Report of the Indian Hemp Drugs Commission, 1894-1895 - Volume VIII
Year: 1894
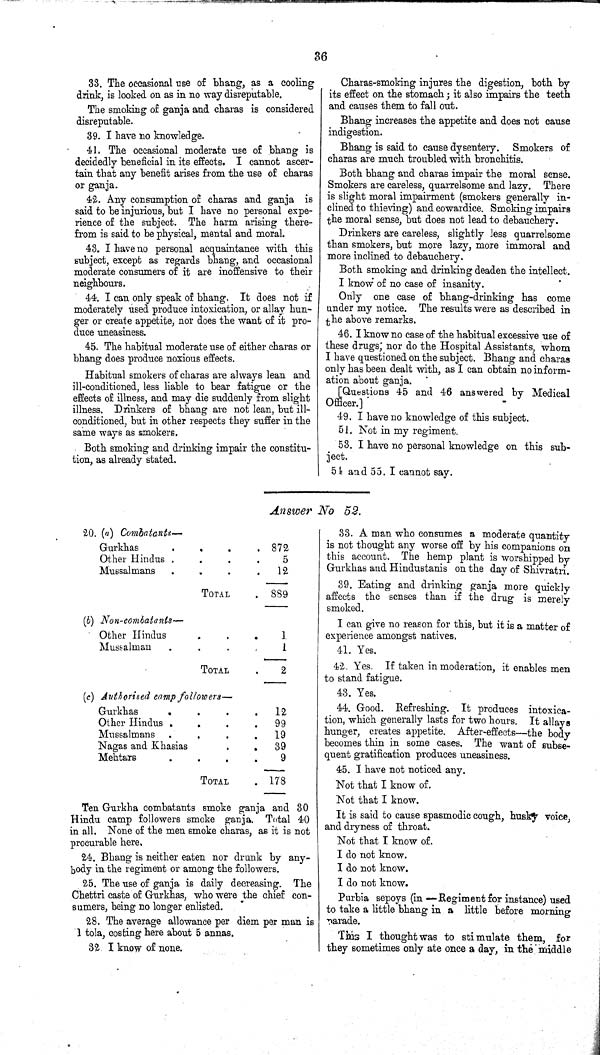
36
33. The occasional use of bhang, as a cooling
drink, is looked on as in no way disreputable.
The smoking of ganja and charas is considered
disreputable.
39. I have no knowledge.
41. The occasional moderate use of bhang is
decidedly beneficial in its effects. I cannot ascer-
tain that any benefit arises from the use of charas
or ganja.
42. Any consumption of charas and ganja is
said to be injurious, but I have no personal expe-
rience of the subject. The harm arising there-
from is said to be physical, mental and moral.
43. I have no personal acquaintance with this
subject, except as regards bhang, and occasional
moderate consumers of it are inoffensive to their
neighbours.
44. I can only speak of bhang. It does not if
moderately used produce intoxication, or allay hun-
ger or create appetite, nor does the want of it pro-
duce uneasiness.
45. The habitual moderate use of either charas or
bhang does produce noxious effects.
Habitual smokers of charas are always lean and
ill-conditioned, less liable to bear fatigue or the
effects of illness, and may die suddenly from slight
illness. Drinkers of bhang are not lean, but ill-
conditioned, but in other respects they suffer in the
same ways as smokers.
Both smoking and drinking impair the constitu-
tion, as already stated.
Charas-smoking injures the digestion, both by
its effect on the stomach; it also impairs the teeth
and causes them to fall out.
Bhang increases the appetite and does not cause
indigestion.
Bhang is said to cause dysentery. Smokers of
charas are much troubled with bronchitis.
Both bhang and charas impair the moral sense.
Smokers are careless, quarrelsome and lazy. There
is slight moral impairment (smokers generally in-
clined to thieving) and cowardice. Smoking impairs
the moral sense, but does not lead to debauchery.
Drinkers are careless, slightly less quarrelsome
than smokers, but more lazy, more immoral and
more inclined to debauchery.
Both smoking and drinking deaden the intellect.
I know of no case of insanity.
Only one case of bhang-drinking has come
under my notice. The results were as described in
the above remarks.
46. I know no case of the habitual excessive use of
these drugs; nor do the Hospital Assistants, whom
I have questioned on the subject. Bhang and charas
only has been dealt with, as I can obtain no inform-
ation about ganja.
[Questions 45 and 46 answered by Medical
Officer.]
49. I have no knowledge of this subject.
51. Not in my regiment.
53. I have no personal knowledge on this sub-
ject.
54 and 55. I cannot say.
Answer No 52.
20. (a) Combatants—
Gurkhas
872
Other Hindus
5
Mussalmans
12
TOTAL
889
(b) Non-combatants—
Other Hindus
1
Mussalman
1
TOTAL
2
(c) Authorised camp followers—
Gurkhas
12
Other Hindus
99
Mussalmans
19
Nagas and Khasias
39
Mehtars
9
TOTAL
178
Ten Gurkha combatants smoke ganja and 30
Hindu camp followers smoke ganja. Total 40
in all. None of the men smoke charas, as it is not
procurable here.
24. Bhang is neither eaten nor drunk by any-
body in the regiment or among the followers.
25. The use of ganja is daily decreasing. The
Chettri caste of Gurkhas, who were the chief con-
sumers, being no longer enlisted.
28. The average allowance per diem per man is
1 tola, costing here about 5 annas.
32 I know of none.
33. A man who consumes a moderate quantity
is not thought any worse off by his companions on
this account. The hemp plant is worshipped by
Gurkhas and Hindustanis on the day of Shivratri.
39. Eating and drinking ganja more quickly
affects the senses than if the drug is merely
smoked.
I can give no reason for this, but it is a matter of
experience amongst natives.
41. Yes.
42. Yes. If taken in moderation, it enables men
to stand fatigue.
43. Yes.
44. Good. Refreshing. It produces intoxica-
tion, which generally lasts for two hours. It allays
hunger, creates appetite. After-effects—the body
becomes thin in some cases. The want of subse-
quent gratification produces uneasiness.
45. I have not noticed any.
Not that I know of.
Not that I know.
It is said to cause spasmodic cough, husky voice,
and dryness of throat.
Not that I know of.
I do not know.
I do not know.
I do not know.
Purbia sepoys (in — Regiment for instance) used
to take a little bhang in a little before morning
parade.
This I thought was to stimulate them, for
they sometimes only ate once a day, in the middle